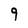
Character: 9